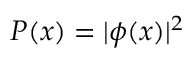
P ( x ) = | \phi ( x ) | ^ { 2 }